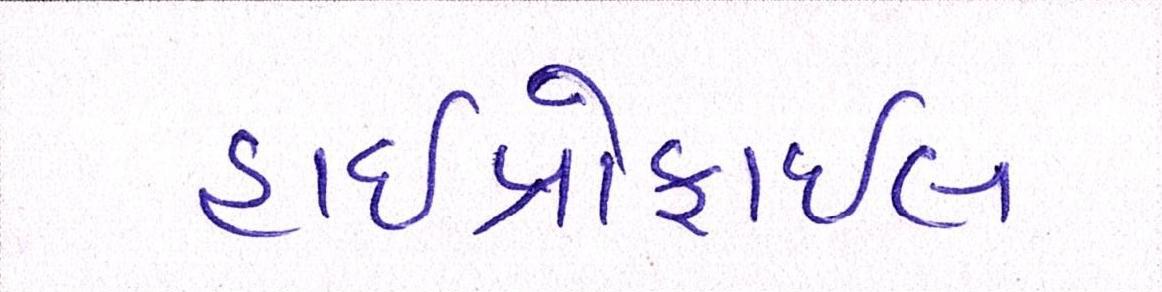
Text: હાઇપ્રોફાઇલ